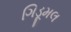
ગિડૂમલ